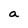
Character: a